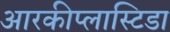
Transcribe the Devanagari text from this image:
आरकीप्लास्टिडा